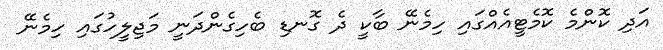
އަދި ކޮންމެ ކޮމެޓީއެއްގައި ހިމެނޭ ބާކީ ދެ ގޮނޑި ބެހިގެންދަނީ މަޖިލީހުގައި ހިމެނޭ